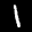
Label: 1